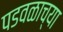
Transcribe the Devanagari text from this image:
पडवळाच्या